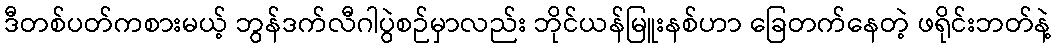
ဒီတစ်ပတ်ကစားမယ့် ဘွန်ဒက်လီဂါပွဲစဉ်မှာလည်း ဘိုင်ယန်မြူးနစ်ဟာ ခြေတက်နေတဲ့ ဖရိုင်းဘတ်နဲ့